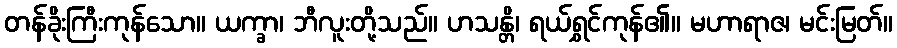
တန်ခိုးကြီးကုန်သော။ ယက္ခာ၊ ဘီလူးတို့သည်။ ဟသန္တိ၊ ရယ်ရွှင်ကုန်၏။ မဟာရာဇ၊ မင်းမြတ်။